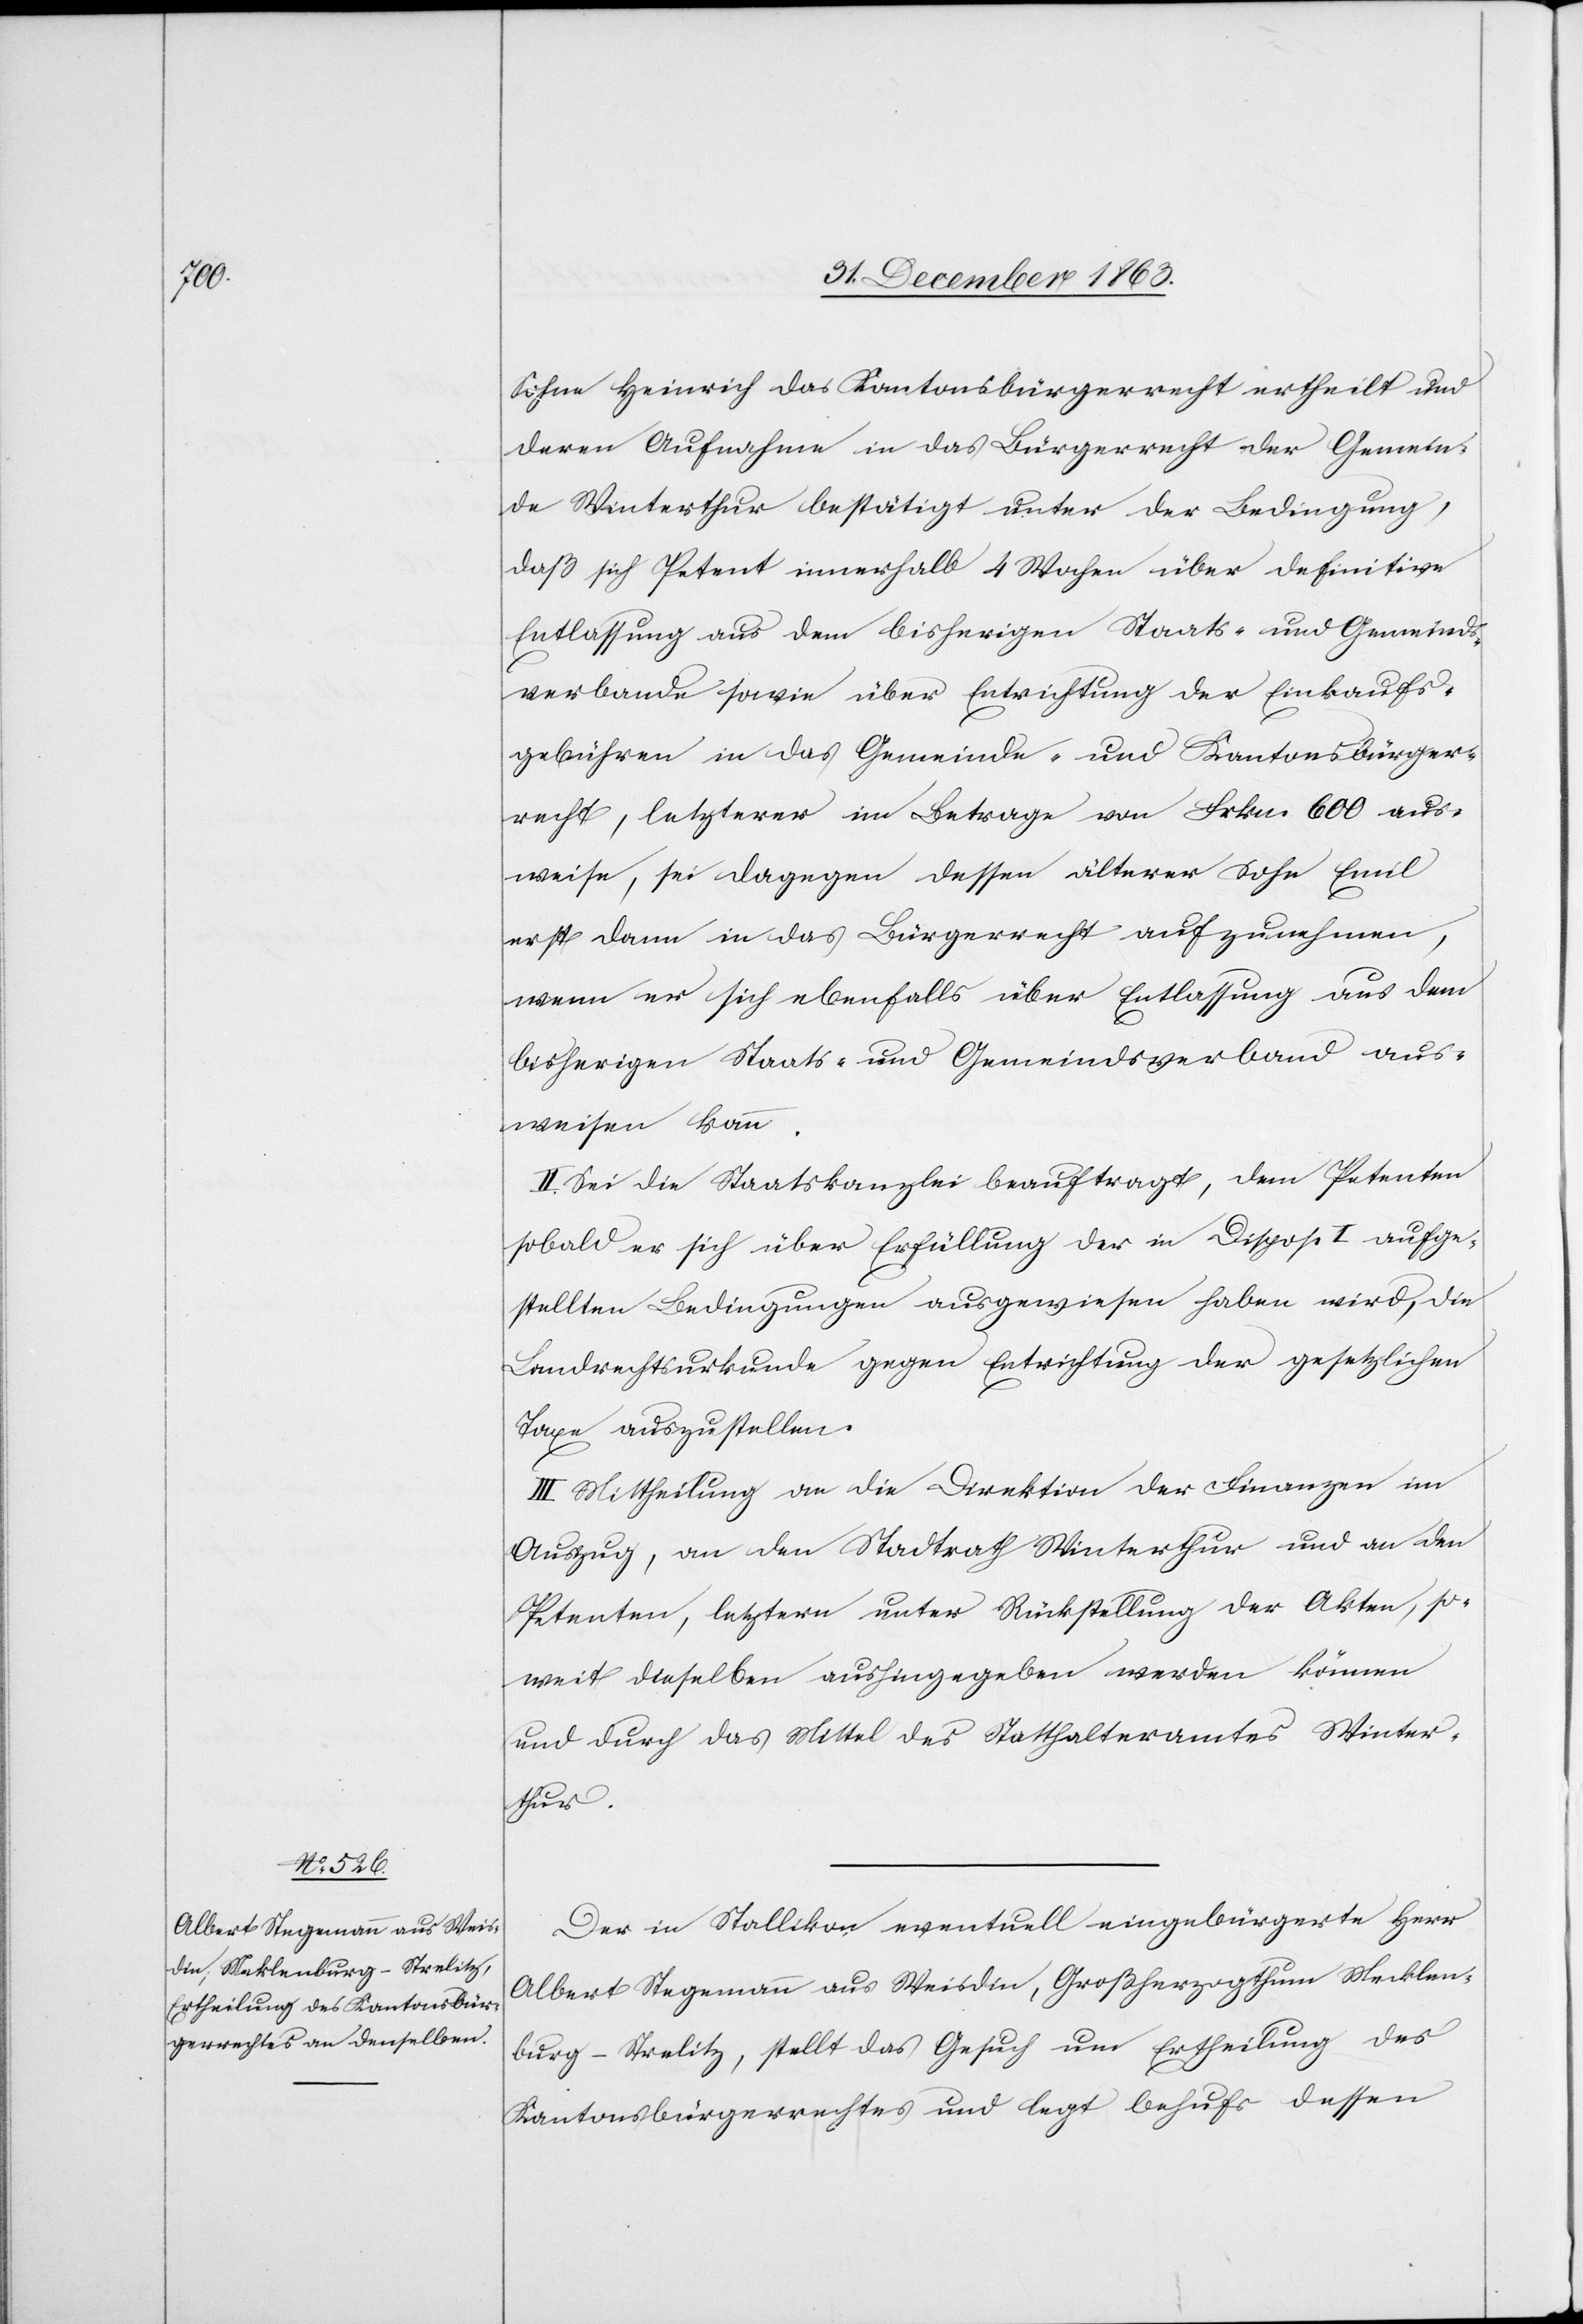
Sohne Heinrich das Kantonsbürgerrecht ertheilt und
deren Aufnahme in das Bürgerrecht der Gemein¬
de Winterthur bestätigt unter der Bedingung,
daß sich Petent innerhalb 4 Wochen über definitive
Entlassung aus dem bisherigen Staats- und Gemeinds¬
verbande sowie über Entrichtung der Einkaufs¬
gebühren in das Gemeinde- und Kantonsbürger¬
recht, letzterer im Betrage von Frkn. 600 aus¬
weise, sei dagegen dessen älterer Sohn Emil
erst dann in das Bürgerrecht aufzunehmen,
wenn er sich ebenfalls über Entlassung aus dem
bisherigen Staats- und Gemeindsverband aus¬
weisen kann.
II. Sei die Staatskanzlei beauftragt, dem Petenten
sobald er sich über Erfüllung der in Dispos. I aufge¬
stellten Bedingungen ausgewiesen haben wird, die
Landrechtsurkunde gegen Entrichtung der gesetzlichen
Taxe auszustellen.
III. Mittheilung an die Direktion der Finanzen im
Auszug, an den Stadtrath Winterthur und an den
Petenten, letztern unter Rückstellung der Akten, so¬
weit dieselben aushingegeben werden können
und durch das Mittel des Statthalteramtes Winter¬
thur.
Der in Stallikon eventuell eingebürgerte Herr
Albert Stegemann aus Weisdin, Großherzogthum Mecklen¬
burg-Strelitz [sic!], stellt das Gesuch um Ertheilung des
Kantonsbürgerrechtes und legt behufs dessen